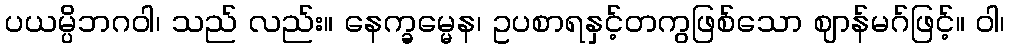
ပယမ္ပိဘဂဝါ၊ သည် လည်း။ နေက္ခမ္မေန၊ ဥပစာရနှင့်တကွဖြစ်သော ဈာန်မဂ်ဖြင့်။ ဝါ၊